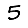
Digit: 5